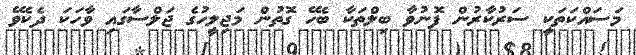
މަސައްކަތަކީ ސަރުކާރުން ފޮނުވާ ބިލްތަކާ ބެހޭ ގޮތުން މަޖިލީހުގެ ޖަލްސާގައި ވާހަކަ ދެކެވޭ